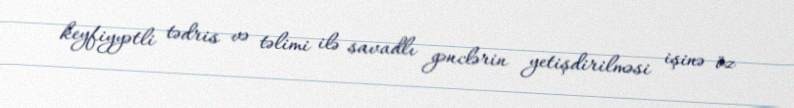
keyfiyyətli tədris və təlimi ilə savadlı gənclərin yetişdirilməsi işinə öz